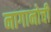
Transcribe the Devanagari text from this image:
नागानोची